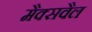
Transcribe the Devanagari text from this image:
मैक्सवैल